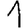
Digit: 1